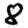
Digit: 8